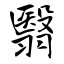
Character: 翳